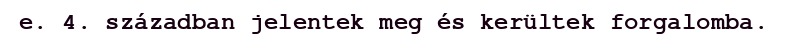
e. 4. században jelentek meg és kerültek forgalomba.